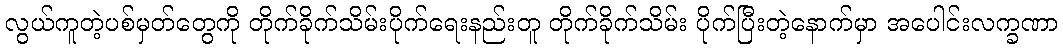
လွယ်ကူတဲ့ပစ်မှတ်တွေကို တိုက်ခိုက်သိမ်းပိုက်ရေးနည်းတူ တိုက်ခိုက်သိမ်း ပိုက်ပြီးတဲ့နောက်မှာ အပေါင်းလက္ခဏာ